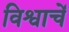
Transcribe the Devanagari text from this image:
विश्वाचें